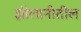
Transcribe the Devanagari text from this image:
झीलानीतील